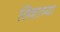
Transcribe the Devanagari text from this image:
लिहाव्या